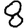
Digit: 8